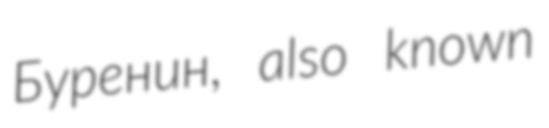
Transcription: Буренин, also known